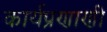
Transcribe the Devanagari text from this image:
कार्यप्रणाणी